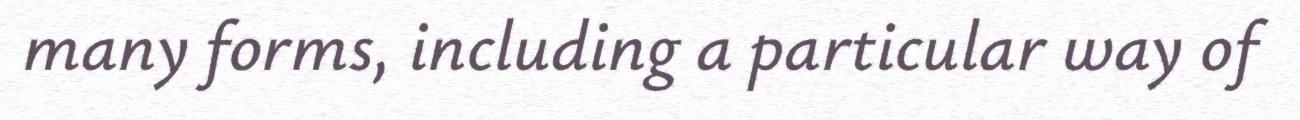
many forms, including a particular way of